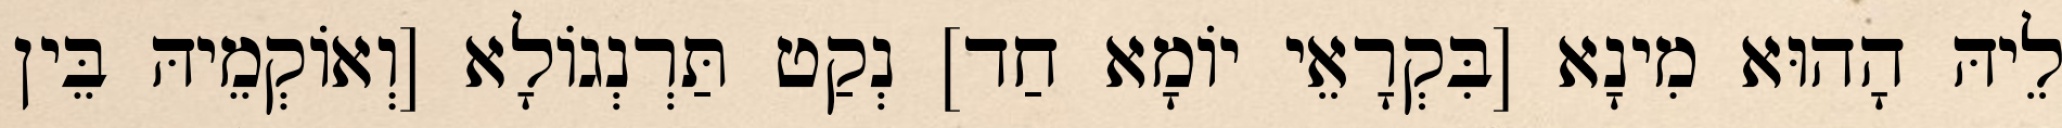
לֵיהּ הָהוּא מִינָא [בִּקְרָאֵי יוֹמָא חַד] נְקַט תַּרְנְגוֹלָא [וְאוֹקְמֵיהּ בֵּין